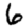
Digit: 6